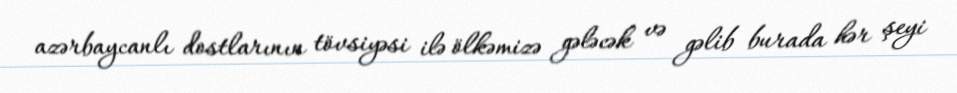
azərbaycanlı dostlarının tövsiyəsi ilə ölkəmizə gələcək və gəlib burada hər şeyi